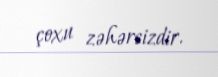
çoxu zəhərsizdir.